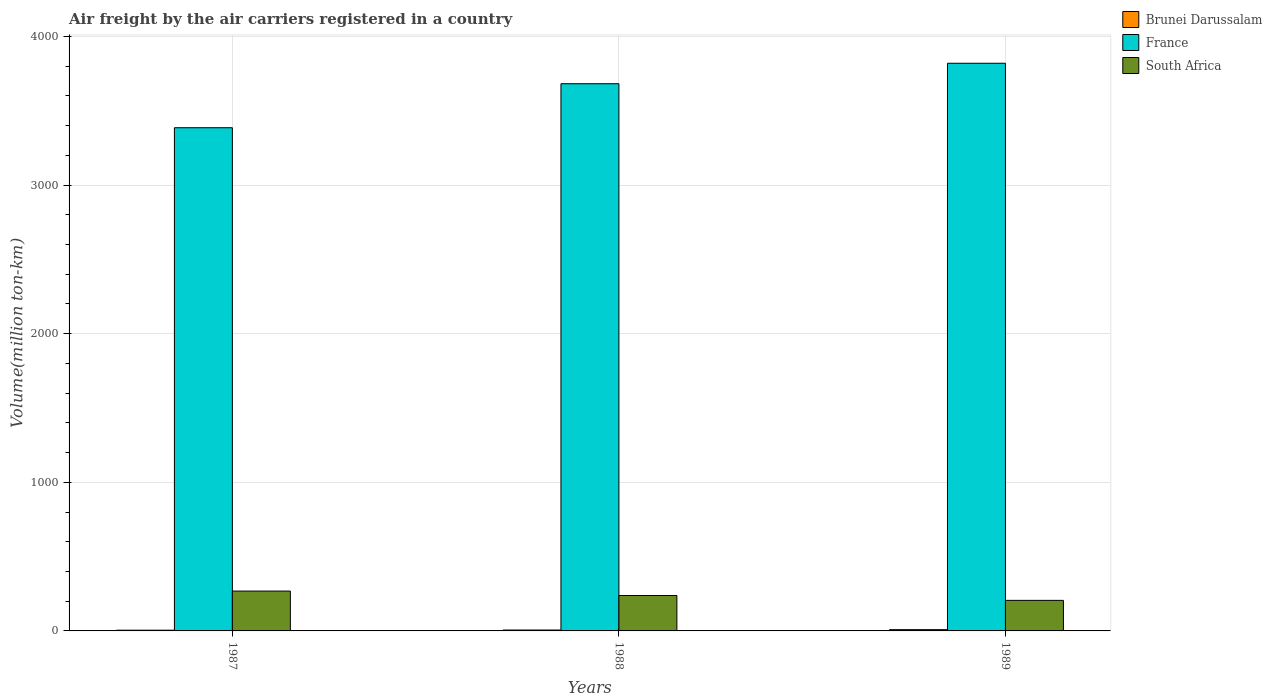
| Years | Brunei Darussalam | France | South Africa |
 | --- | --- | --- | --- |
 | 1987 | 4.9 | 3.39e+03 | 268 |
 | 1988 | 6 | 3.68e+03 | 238 |
 | 1989 | 8.6 | 3.82e+03 | 206 |